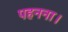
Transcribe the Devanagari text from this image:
पहनना।